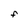
Character: f